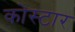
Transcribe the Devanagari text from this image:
कोस्टार